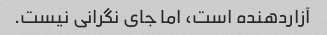
آزاردهنده است، اما جای نگرانی نیست.